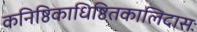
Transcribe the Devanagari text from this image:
कनिष्ठिकाधिष्ठितकालिदासः